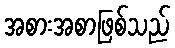
အစားအစာဖြစ်သည်